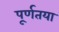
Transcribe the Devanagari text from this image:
पू्र्णतया